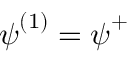
\ensuremath { \boldsymbol { \psi } } ^ { ( 1 ) } = \ensuremath { \boldsymbol { \psi } } ^ { + }